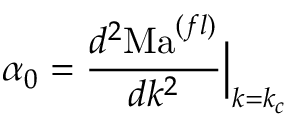
\alpha _ { 0 } = \frac { d ^ { 2 } \mathrm { M a } ^ { ( f l ) } } { d k ^ { 2 } } \Big \vert _ { k = k _ { c } }